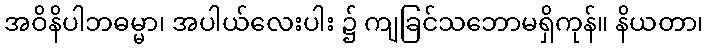
အဝိနိပါဘဓမ္မာ၊ အပါယ်လေးပါး ၌ ကျခြင်သဘောမရှိကုန်။ နိယတာ၊